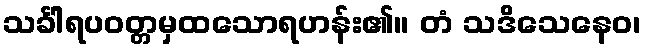
သင်္ခါရပဝတ္တမှထသောရဟန်း၏။ တံ သဒိသေနေဝ၊